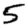
Digit: 5